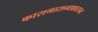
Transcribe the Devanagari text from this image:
कारागारान्धकारघ्नः